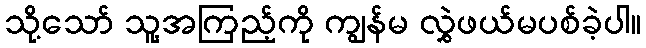
သို့သော် သူ့အကြည့်ကို ကျွန်မ လွှဲဖယ်မပစ်ခဲ့ပါ။